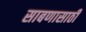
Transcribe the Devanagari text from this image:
साबणासाठी